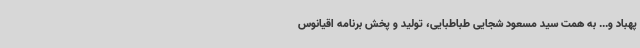
پهباد و... به همت سید مسعود شجایی طباطبایی، تولید و پخش برنامه اقیانوس